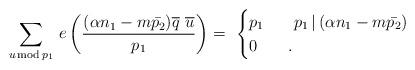
LaTeX: \begin{align*}\sum_{u \, \mathrm{mod}\,p_1}\,e\left(\frac{(\alpha n_1 - m\bar{p_2})\overline{q}\,\,\overline{u} }{p_1}\right) =\,\, \begin{cases}p_1 &\,\,\,\,\,p_1\,|\,(\alpha n_1 - m\bar{p_2}) \\0 &\,\,\,.\end{cases} \end{align*}